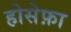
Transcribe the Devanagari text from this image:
होसेफ़ा